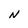
Character: N